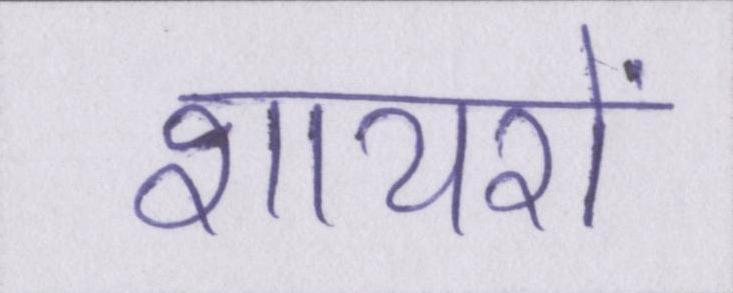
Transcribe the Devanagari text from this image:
शायरों